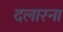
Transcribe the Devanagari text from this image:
दलारना